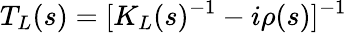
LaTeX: T_{L}(s)=[K_{L}(s)^{-1}-i\rho(s)]^{-1}